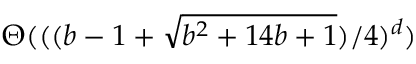
\Theta ( ( ( b - 1 + { \sqrt { b ^ { 2 } + 1 4 b + 1 } } ) / 4 ) ^ { d } )